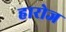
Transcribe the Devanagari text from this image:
हारोज